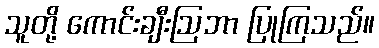
သူတို့ ကောင်းချီးဩဘာ ပြုကြသည်။